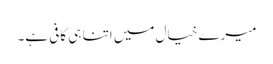
میرے خیال میں اتنا ہی کافی ہے۔